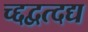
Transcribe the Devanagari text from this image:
च्द्दद्वत्दद्य